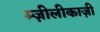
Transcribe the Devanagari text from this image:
म्ज़ीलीकाज़ी